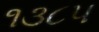
૧૩૮૫